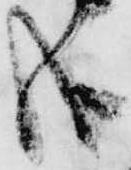
哉